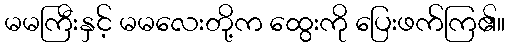
မမကြီးနှင့် မမလေးတို့က ထွေးကို ပြေးဖက်ကြ၏။